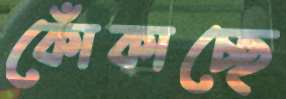
কোঁকাচ্ছে